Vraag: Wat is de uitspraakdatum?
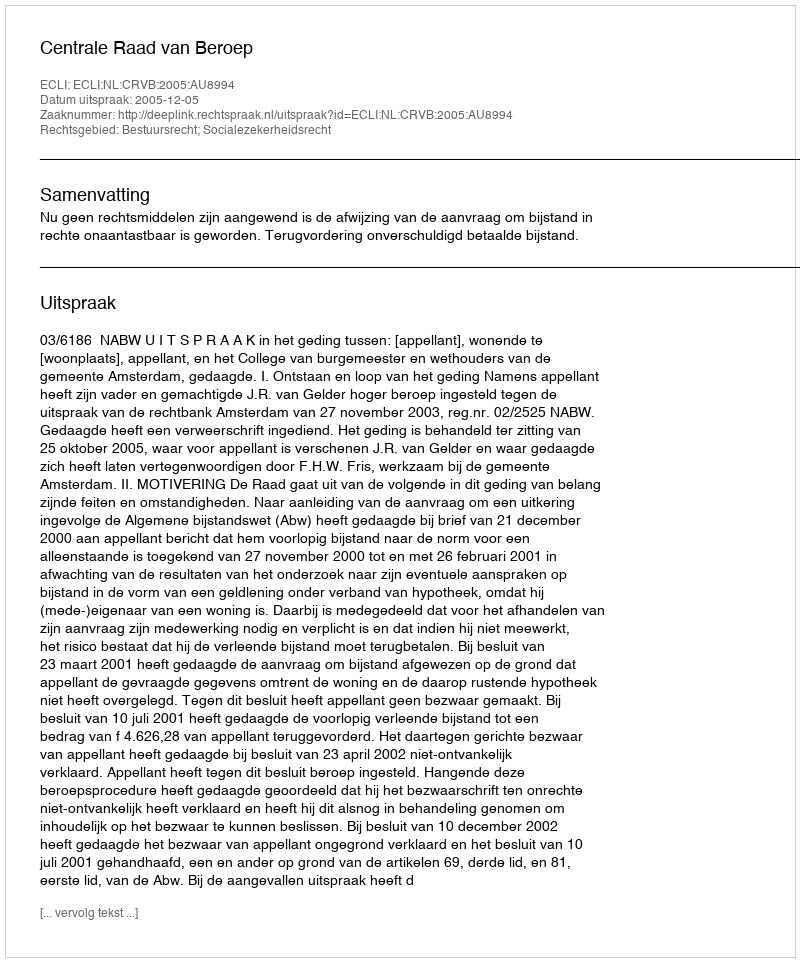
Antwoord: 2005-12-05